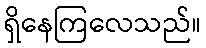
ရှိနေကြလေသည်။